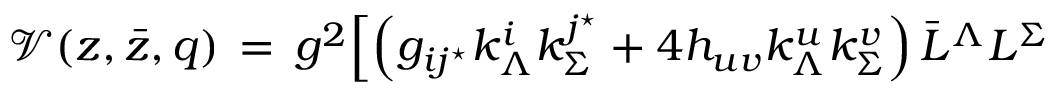
{ \mathcal V } ( z , \bar { z } , q ) \, = \, g ^ { 2 } \Bigl [ \left( g _ { i j ^ { \star } } k _ { \Lambda } ^ { i } k _ { \Sigma } ^ { j ^ { \star } } + 4 h _ { u v } k _ { \Lambda } ^ { u } k _ { \Sigma } ^ { v } \right) \bar { L } ^ { \Lambda } L ^ { \Sigma }